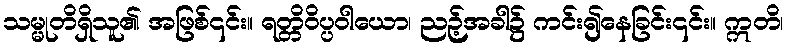
သမ္မုတိရှိသူ၏ အဖြစ်၎င်း။ ရတ္တိဝိပ္ပဝါယော၊ ညဉ့်အခါ၌ ကင်း၍နေခြင်း၎င်း။ ဣတိ၊